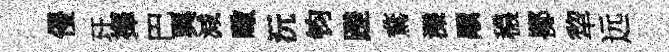
侵玕擇巴興減噉沅钧蹉鶩濼顒穠擲犂远